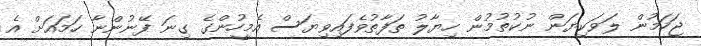
ޖަހަމުން ލަވަކިޔަން ނުކުތުމުން ހިޔާލު ތަފާތުވެފައިވިޔަސް އެމީހުންގެ ގިނަ ފޭނުންނާ ހަމައަށް އެ